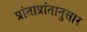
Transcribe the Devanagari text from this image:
प्रांताप्रांतानुसार